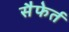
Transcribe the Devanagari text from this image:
सैफेर्त